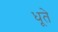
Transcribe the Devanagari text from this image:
धूते